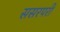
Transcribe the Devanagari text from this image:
ससरपरी